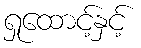
ရှုထောင့်နှင့်